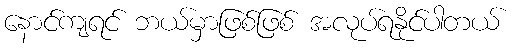
နောင်ကျရင် ဘယ်မှာဖြစ်ဖြစ် အလုပ်ရနိုင်ပါတယ်